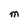
Character: m